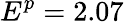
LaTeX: E^{p}=2.07